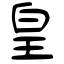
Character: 皇